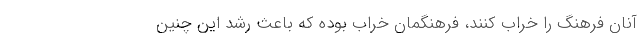
آنان فرهنگ را خراب کنند، فرهنگمان خراب بوده که باعث رشد این چنین